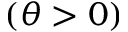
\left( \theta > 0 \right)